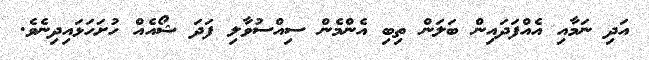
އަދި ނަމާއި އެއްފަދައިން ބަލަން ތިބި އެންމެން ސިއްސުވާލި ފަދަ ޝޯއެއް ހުށަހަޅައިދިނެވެ.